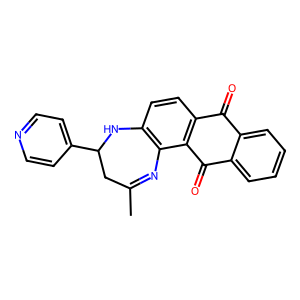
SMILES: CC1=Nc2c(ccc3c2C(=O)c2ccccc2C3=O)NC(c2ccncc2)C1
Inhibits HIV replication: No